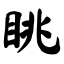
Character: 眺